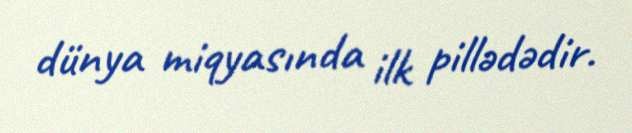
dünya miqyasında ilk pillədədir.